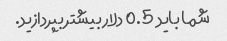
شما باید 0.5 دلار بیشتر بپردازید.